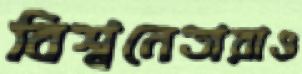
বিশ্বনেতারাও